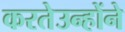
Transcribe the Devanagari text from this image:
करतेउन्होंने